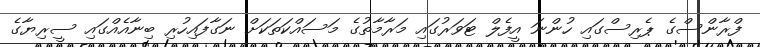
ފްރާންސްގެ ޕެރިސްގައި ހުންނަ އީފެލް ޓަވަރުގައި މަރާމާތުގެ މަސައްކަތަކަށް ނަގާފައިހުރި ބިނާއެއްގައި ސީރިޔާގެ